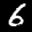
Label: 6